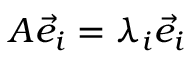
A { \vec { e } } _ { i } = \lambda _ { i } { \vec { e } } _ { i }